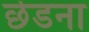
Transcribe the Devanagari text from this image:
छेडना